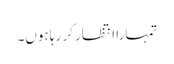
تمہارا انتظار کر رہا ہوں۔